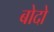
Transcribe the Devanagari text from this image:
बोदो